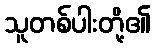
သူတစ်ပါးတို့၏